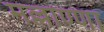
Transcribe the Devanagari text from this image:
मल्लाण्णा